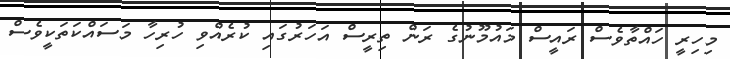
މިހިރީ ހައްތާވެސް ރައީސް މައުމޫނުގެ ރަން ތިރީސް އަހަރުގައި ކުރެއްވި ހުރިހާ މަސައްކަތަކީވެސް